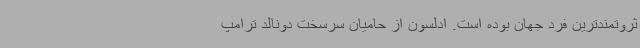
ثروتمندترین فرد جهان بوده است. ادلسون از حامیان سرسخت دونالد ترامپ